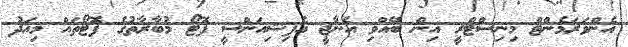
އެންވަރަމެންޓް މިނިސްޓްރީ އިން ބޭއްވި އެނާޖީ އެފިޝިއަންސީ ފޮޓޯ މުބާރާތުގެ ފޮޓޯތައް މިއަދު